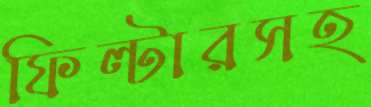
ফিল্টারসহ